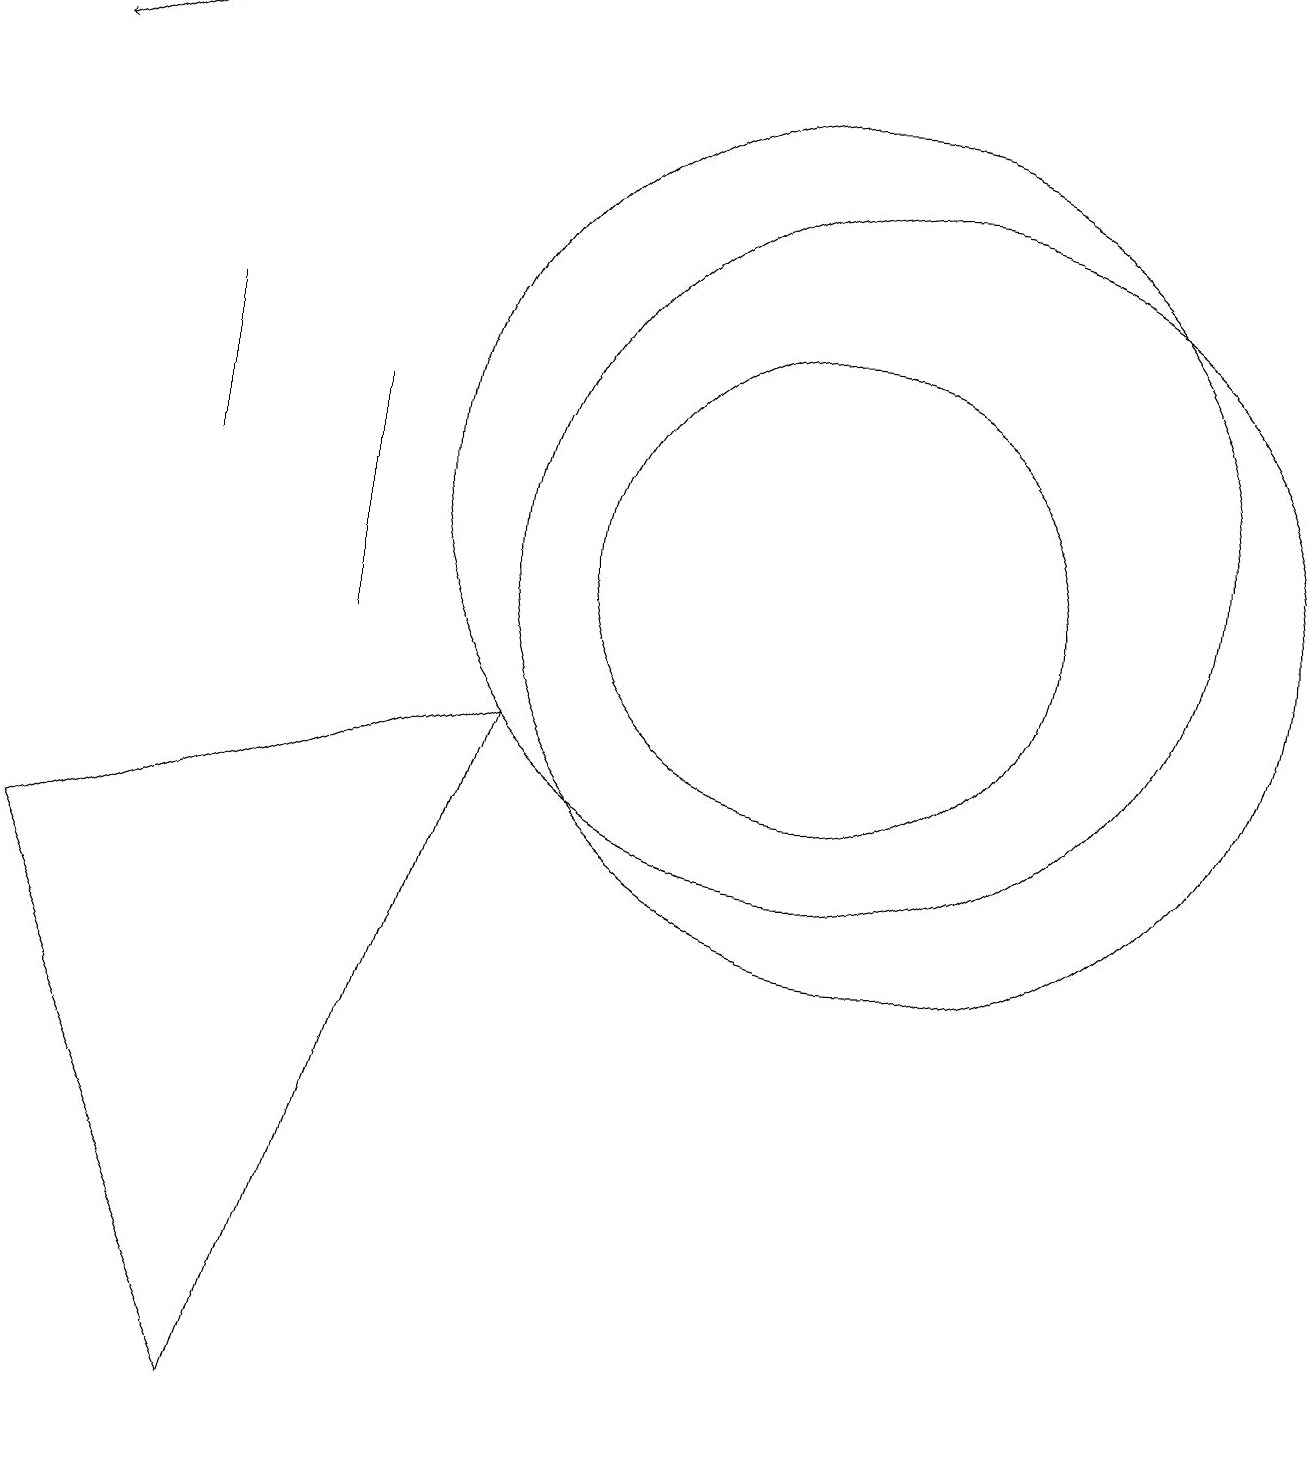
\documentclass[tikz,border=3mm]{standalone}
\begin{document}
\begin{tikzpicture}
\draw[->] (4,18) -- (1,17);
\draw (11,11) circle (3);
\draw (11,12) circle (5);
\draw (1,7) -- (7,9) -- (4,0) -- cycle;
\draw (5,13) rectangle (5,10);
\draw (12,11) circle (5);
\draw (3,12) rectangle (3,14);
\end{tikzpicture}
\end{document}